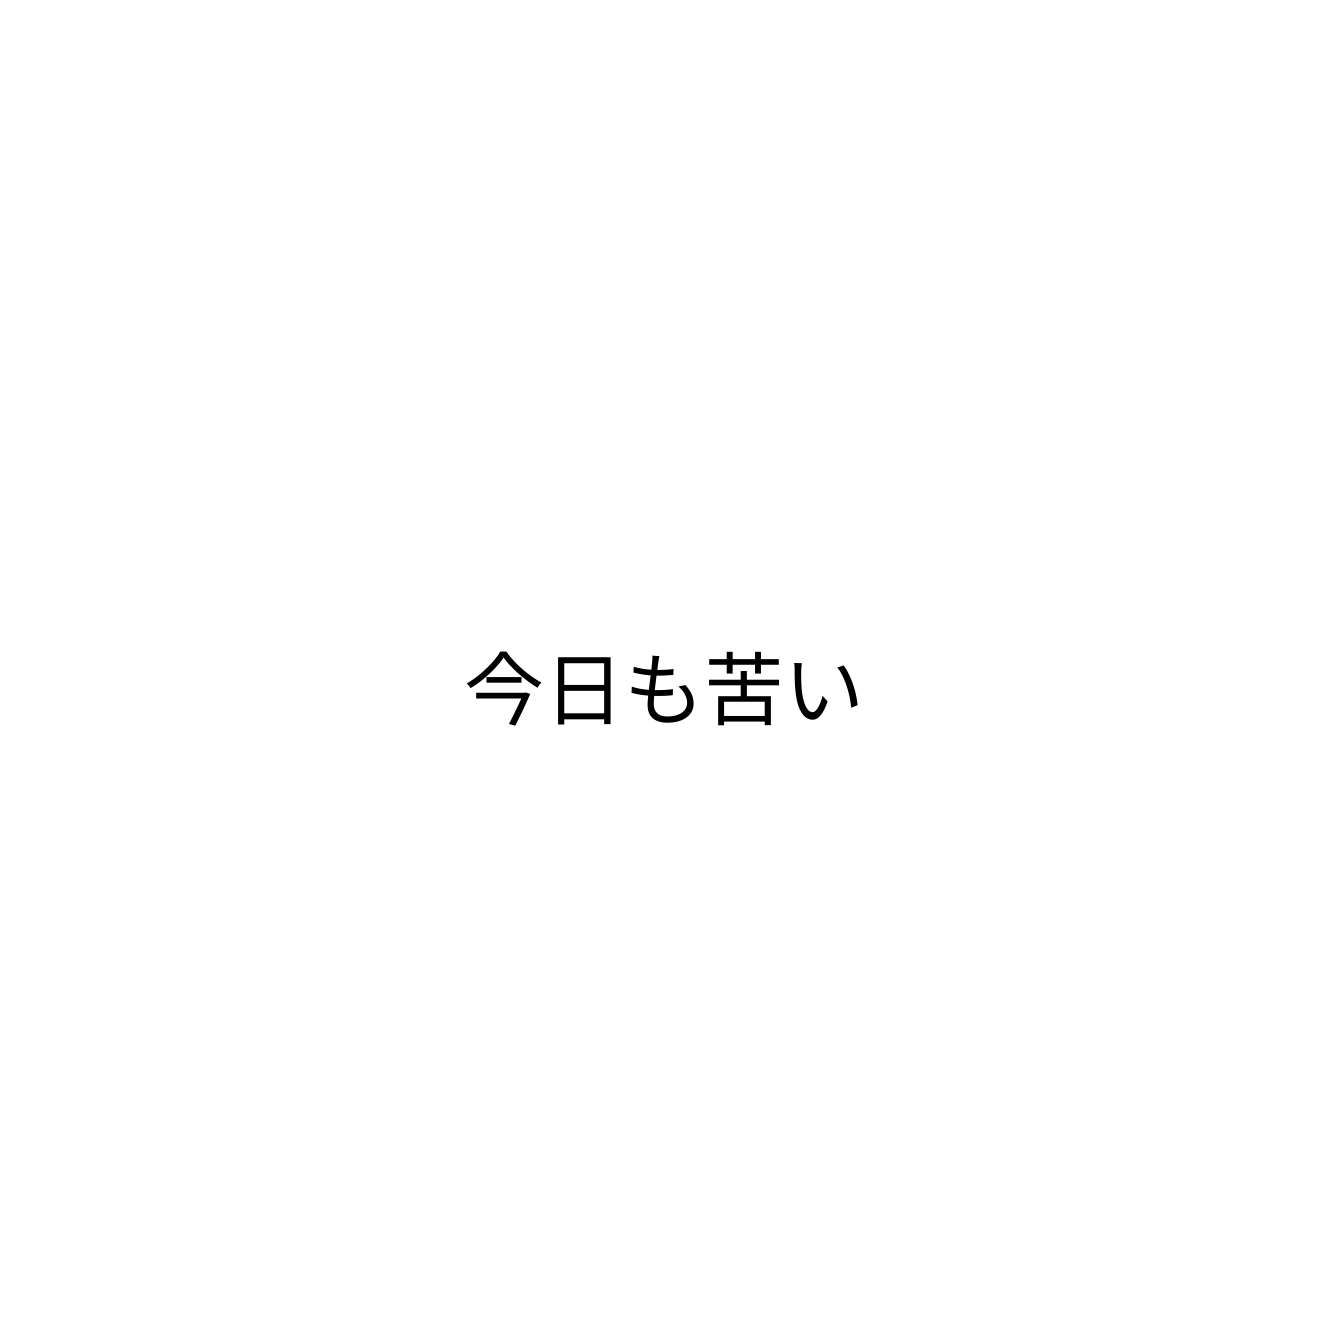
今日も苦い